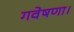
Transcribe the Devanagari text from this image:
गवेषणा।